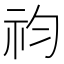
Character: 𥘩